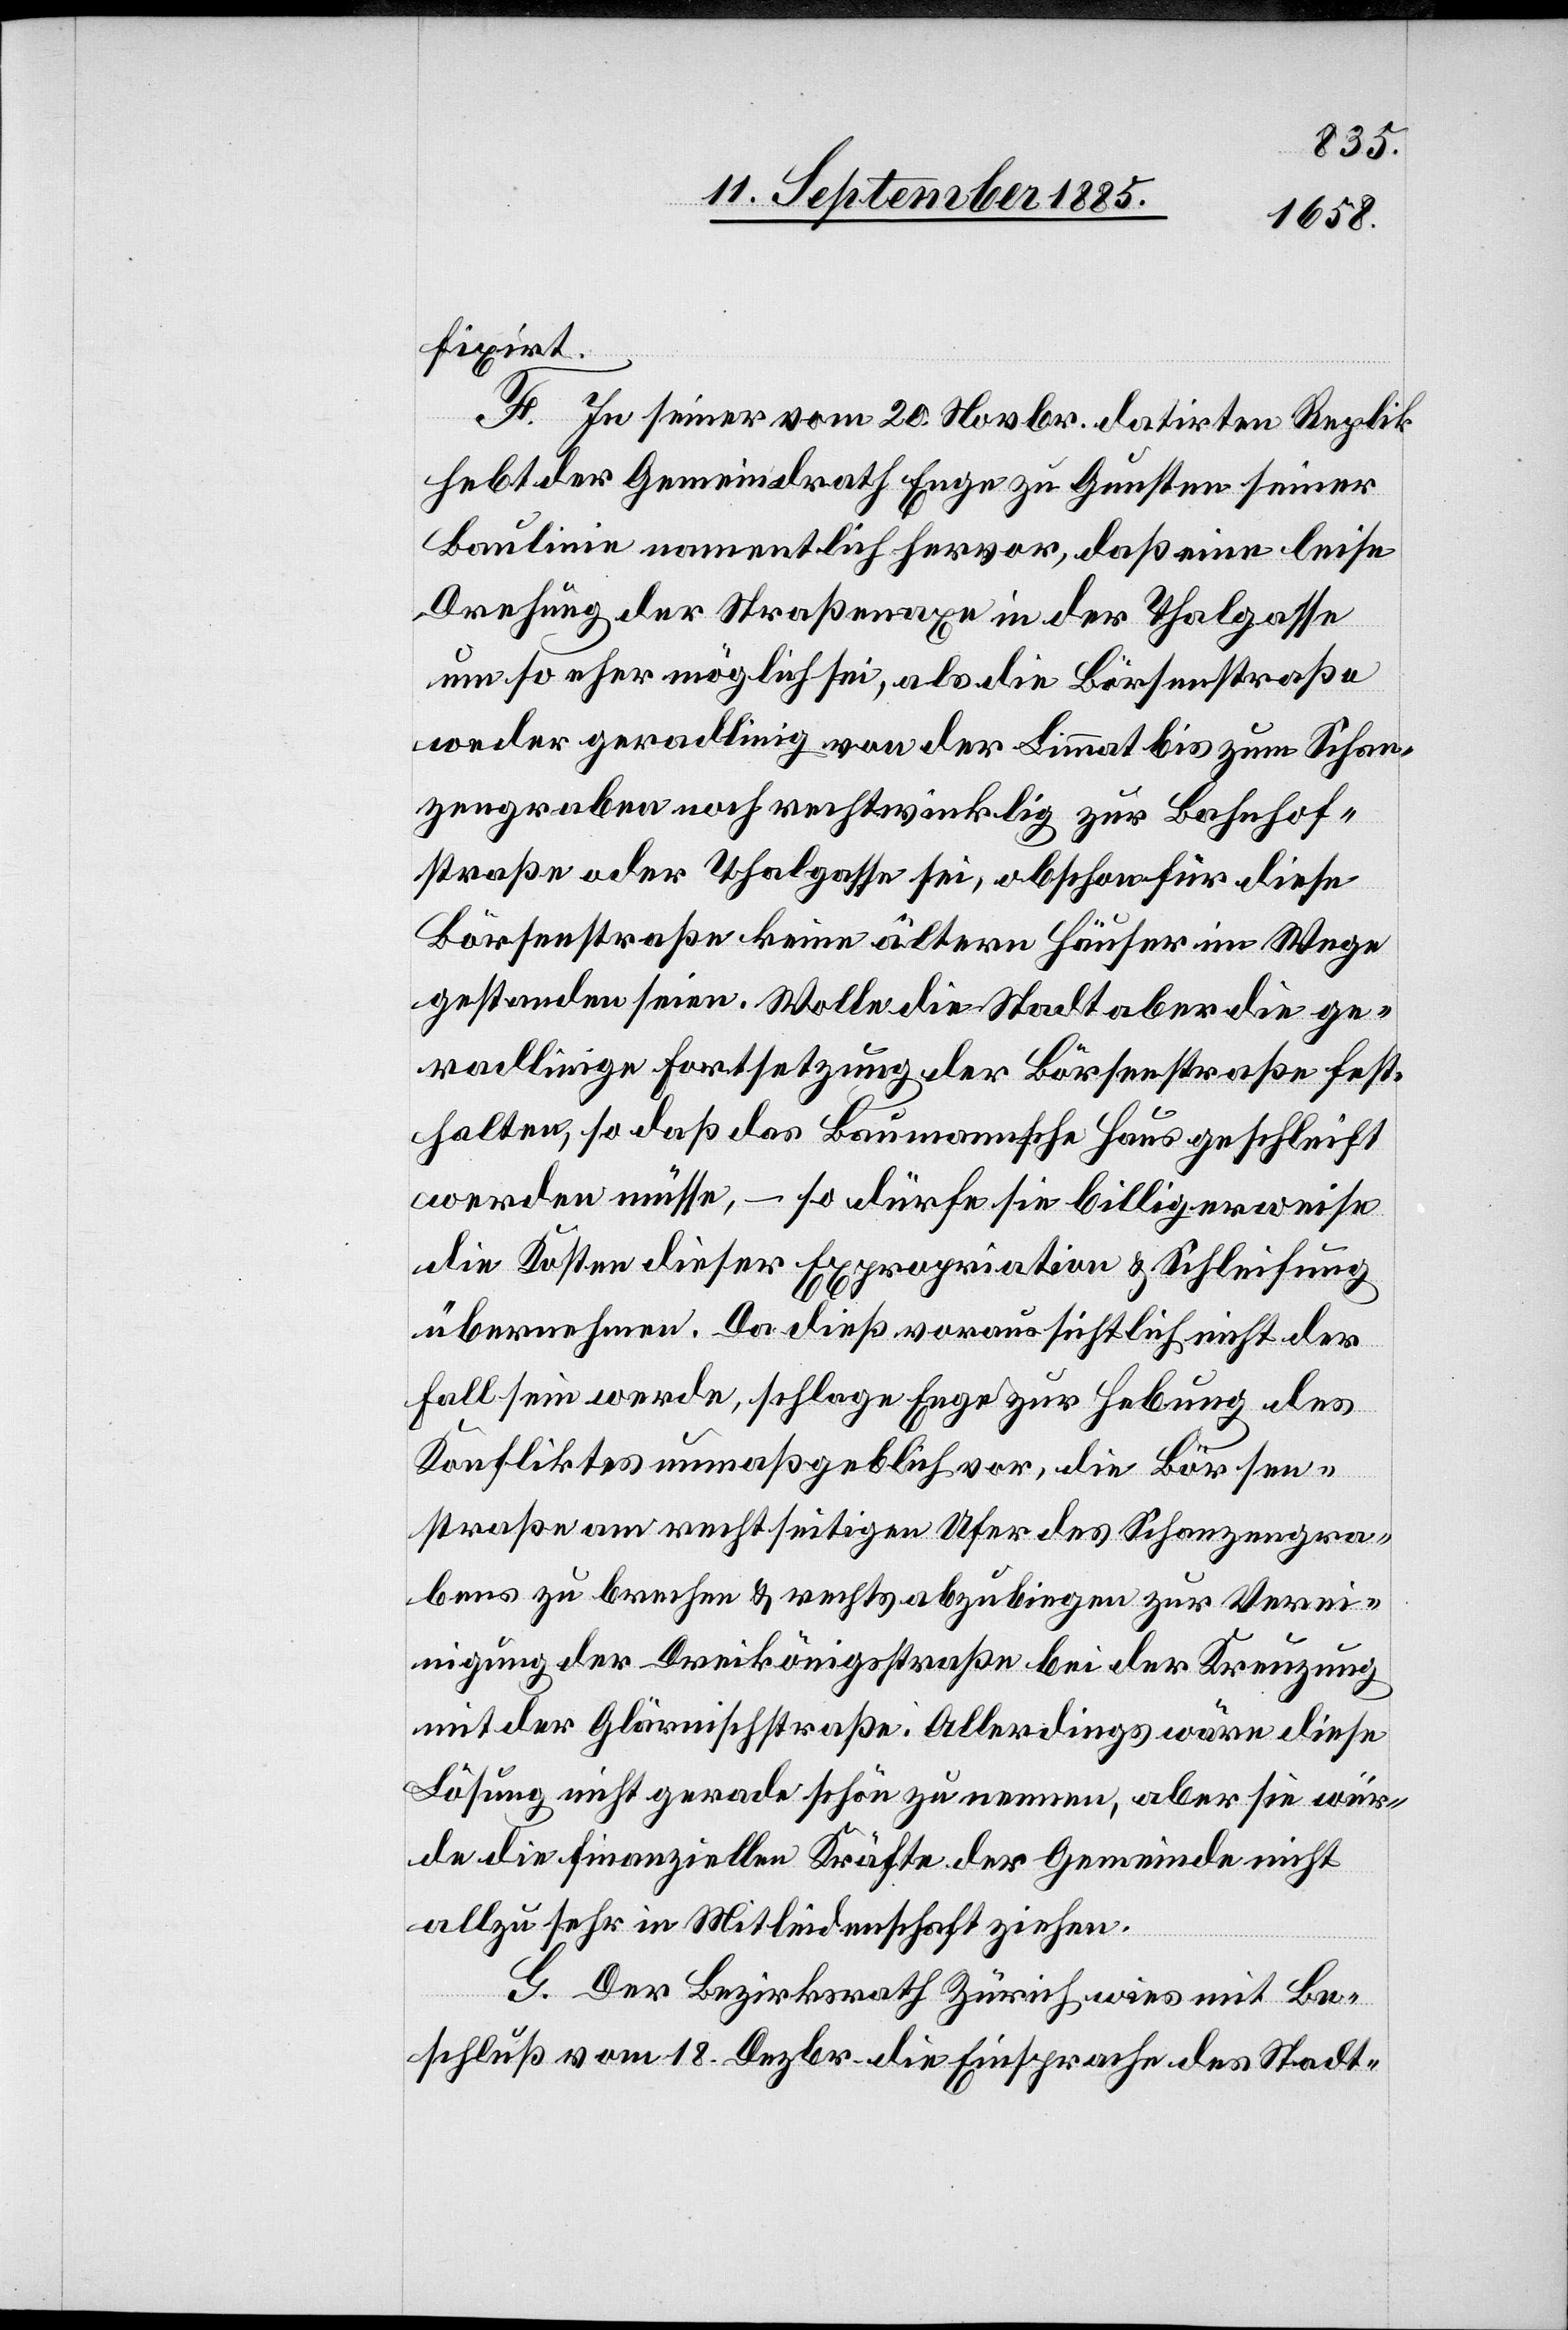
fixirt.
F. In seiner vom 20. Novbr. datirten Replik
hebt der Gemeindrath Enge zu Gunsten seiner
Baulinie namentlich hervor, daß eine leise
Drehung der Straßenaxe in der Thalgasse
um so eher möglich sei, als die Börsenstraße
weder geradlinig von der Limmat bis zum Schan¬
zengraben noch rechtwinklig zur Bahnhof¬
straße oder Thalgasse sei, obschon für diese
Börsenstraße keine ältern Häuser im Wege
gestanden seien. Wolle die Stadt aber die ge¬
radlinige Fortsetzung der Börsenstraße fest¬
halten, so daß das Baumannsche Haus geschleift
werden müsse, – so dürfe sie billigerweise
die Kosten dieser Expropriation & Schleifung
übernehmen. Da dieß voraussichtlich nicht der
Fall sein werde, schlage Enge zur Hebung des
Konfliktes unmaßgeblich vor, die Börsen¬
straße am rechtseitigen Ufer des Schanzengra¬
bens zu brechen & rechts abzubiegen zur Verei¬
nigung der Dreikönigsstraße bei der Kreuzung
mit der Glärnischstraße. Allerdings wäre diese
Lösung nicht gerade schön zu nennen, aber sie wür¬
de die finanziellen Kräfte der Gemeinde nicht
allzu sehr in Mitleidenschaft ziehen.
G. Der Bezirksrath Zürich wies mit Be¬
schluß vom 18. Dezbr. die Einsprache des Stadt-